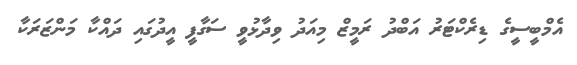
އެމްބީސީގެ ޑިރެކްޓަރު އަބްދު ރަމީޒް މިއަދު ވިދާޅުވީ ސަގާފީ އީދުގައި ދައްކާ މަންޒަރަކާ